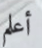
أعلم